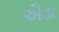
ઐડા